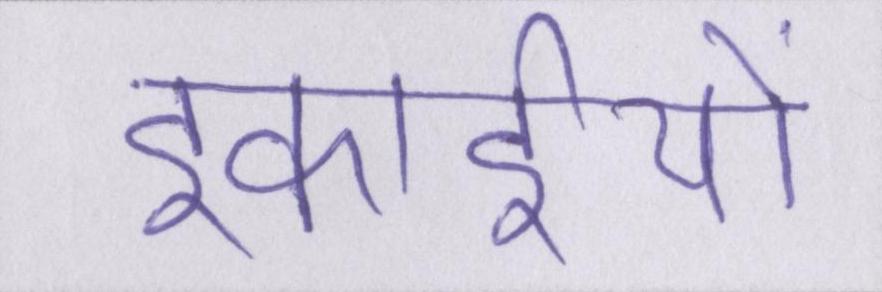
इकाईयों